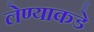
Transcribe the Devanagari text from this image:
लेण्याकडे